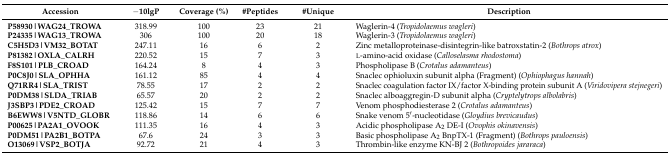
| Accession | −10lgP | Coverage (%) | #Peptides | #Unique | Description |
 | --- | --- | --- | --- | --- | --- |
 | P58930|WAG24_TROWA | 318.99 | 100 | 23 | 21 | Waglerin-4 (Tropidolaemus wagleri) |
 | P24335|WAG13_TROWA | 306 | 100 | 20 | 18 | Waglerin-3 (Tropidolaemus wagleri) |
 | C5H5D3|VM32_BOTAT | 247.11 | 16 | 6 | 2 | Zinc metalloproteinase-disintegrin-like batroxstatin-2 (Bothrops atrox) |
 | P81382|OXLA_CALRH | 220.52 | 15 | 7 | 3 | l-amino-acid oxidase (Calloselasma rhodostoma) |
 | F8S101|PLB_CROAD | 164.24 | 8 | 4 | 3 | Phospholipase B (Crotalus adamanteus) |
 | P0C8J0|SLA_OPHHA | 161.12 | 85 | 4 | 4 | Snaclec ophioluxin subunit alpha (Fragment) (Ophiophagus hannah) |
 | Q71RR4|SLA_TRIST | 78.55 | 17 | 2 | 2 | Snaclec coagulation factor IX/factor X-binding protein subunit A (Viridovipera stejnegeri) |
 | P0DM38|SLDA_TRIAB | 65.57 | 20 | 2 | 2 | Snaclec alboaggregin-D subunit alpha (Cryptelytrops albolabris) |
 | J3SBP3|PDE2_CROAD | 125.42 | 15 | 7 | 7 | Venom phosphodiesterase 2 (Crotalus adamanteus) |
 | B6EWW8|V5NTD_GLOBR | 118.86 | 14 | 6 | 6 | Snake venom 5′-nucleotidase (Gloydius brevicaudus) |
 | P00625|PA2A1_OVOOK | 111.35 | 16 | 4 | 3 | Acidic phospholipase A2 DE-I (Ovophis okinavensis) |
 | P0DM51|PA2B1_BOTPA | 67.6 | 24 | 3 | 3 | Basic phospholipase A2 BnpTX-1 (Fragment) (Bothrops pauloensis) |
 | O13069|VSP2_BOTJA | 92.72 | 21 | 4 | 3 | Thrombin-like enzyme KN-BJ 2 (Bothropoides jararaca) |